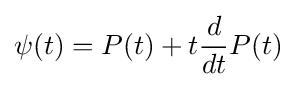
\psi (t)=P(t)+t{\frac {d}{dt}}P(t)